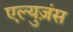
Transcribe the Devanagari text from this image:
एल्युज़ंस